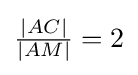
{\tfrac {|AC|}{|AM|}}=2